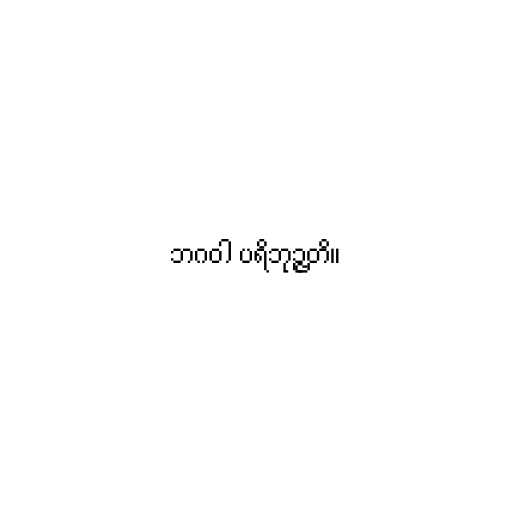
ဘဂဝါ ပရိဘုဉ္ဇတိ။